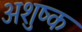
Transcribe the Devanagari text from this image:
अशुष्क